Report on plague and inoculation in the Punjab from October 1st ... to September 30th..., being the ... season of plague in the province
Disease focus: Plague
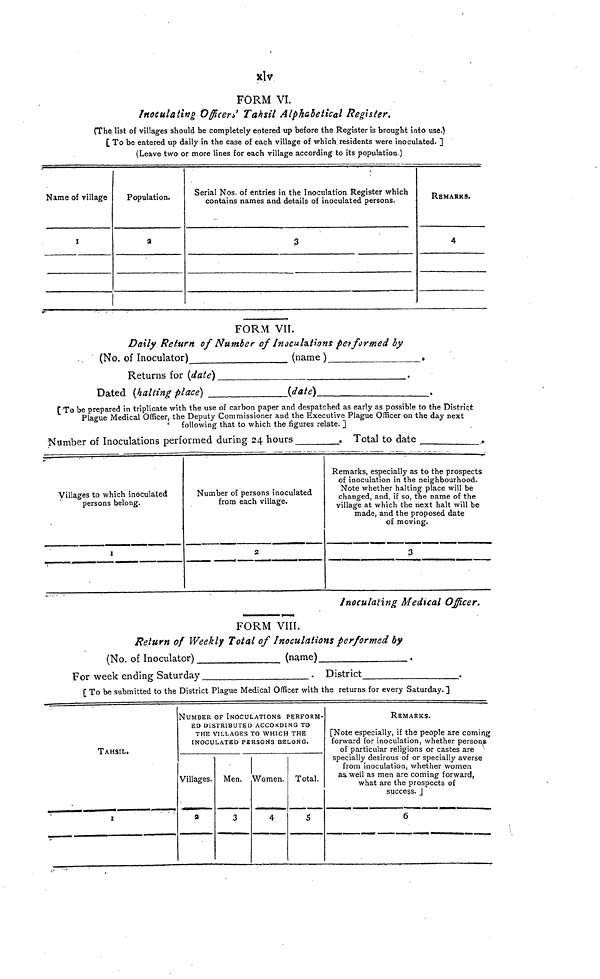
xlv
FORM VI.
Inoculating Officer' s Tahsil Alphabetical Register.
(The list of villages should be completely entered up before the Register is brought into use.)
[ To be entered up daily in the case of each village of which residents were inoculated. ]
(Leave two or more lines for each village according to its population.)
Name of village
1
Population.
2
Serial Nos. of entries in the Inoculation Register which
contains names and details of inoculated persons.
3
REMARKS.
4
FORM VII.
Daily Return of Number of Inoculations performed by
(No. of Inoculator)
(name )
Returns for (date) _
Dated (halting place)
(date)
[To be prepared in triplicate with the use of carbon paper and despatched as early as possible to the District
Plague Medical Officer, the Deputy Commissioner and the Executive Plague Officer on the day next
' following that to which the figures relate. ]
Number of Inoculations performed during 24 hours
. Total to date
Villages to which inoculated
persons belong.
1
Number of persons inoculated
from each village.
2
Remarks, especially as to the prospects
of inoculation in the neighbourhood.
Note whether halting place will be
changed, and, if so, the name of the
village at which the next halt will be
made, and the proposed date
of moving.
3
inoculating Medical Officer.
FORM VIII.
Return of Weekly Total of Inoculations performed by
(No. of Inoculator)
(name)
For week ending Saturday
. District
[ To be submitted to the District Plague Medical Officer with the returns for every Saturday. ]
TAHSIL.
1
NUMBER OF INOCULATIONS PERFORM-
ED DISTRIBUTED ACCORDING TO
THE VILLAGES TO WHICH THE
INOCULATED PERSONS BELONG.
Villages.
2
Men.
3
Women.
4
Total.
5
REMARKS.
[Note especially, if the people are coming
forward for inoculation, whether persons
of particular religions or castes are
specially desirous of or specially averse
from inoculation, whether women
as well as men are coming forward,
what are the prospects of
success.
6